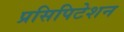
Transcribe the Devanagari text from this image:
प्रसिपिटेशन